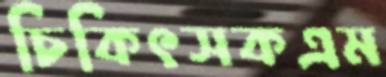
চিকিৎসকএম